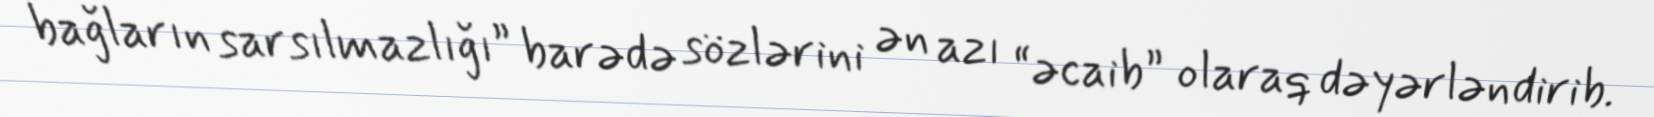
bağların sarsılmazlığı” barədə sözlərini ən azı “əcaib” olaraq dəyərləndirib.